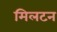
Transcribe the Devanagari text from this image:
मिलटन